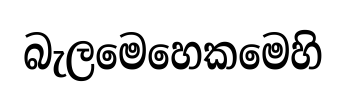
බැලමෙහෙකමෙහි